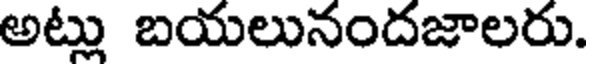
అట్లు బయలునందజాలరు.